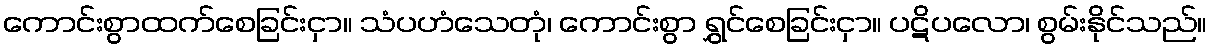
ကောင်းစွာထက်စေခြင်းငှာ။ သံပဟံသေတုံ၊ ကောင်းစွာ ရွှင်စေခြင်းငှာ။ ပဋိပလော၊ စွမ်းနိုင်သည်။